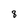
Character: 8